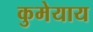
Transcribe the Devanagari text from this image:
कुमेयाय